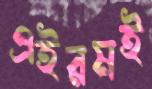
এইরমই